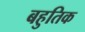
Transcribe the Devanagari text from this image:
बहुतिक